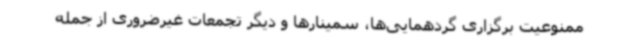
ممنوعیت برگزاری گردهمایی‌ها، سمینارها و دیگر تجمعات غیرضروری از جمله